Annual report on the Civil Veterinary Department, Burma (including the Insein Veterinary School) - 1910-1922
Year: 1910
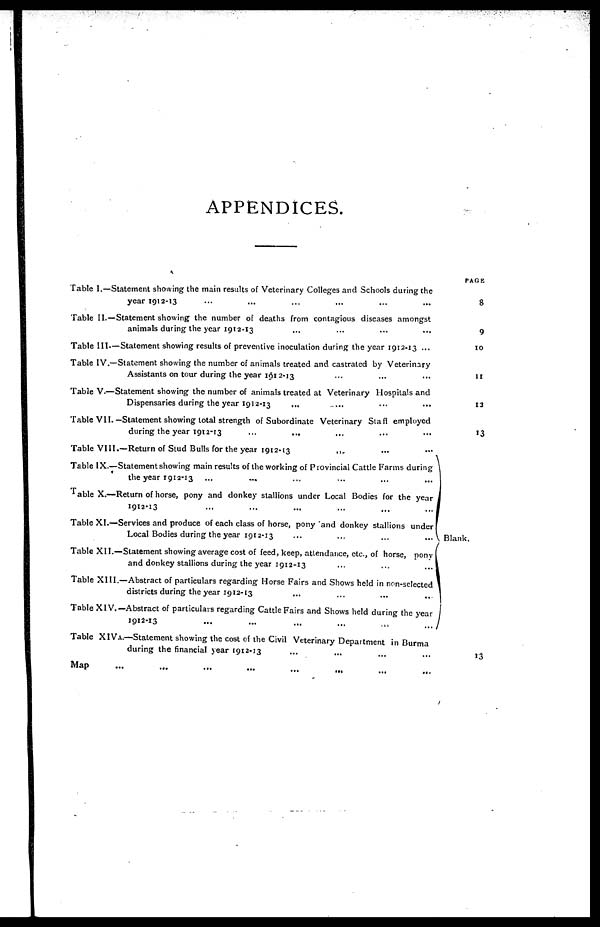
APPENDICES.
Table I.—Statement showing the main results of Veterinary Colleges and Schools during the
year 1912-13 ... ... ... ... ... ...
Table II.—Statement showing the number of deaths from contagious diseases amongst
animals during the year 1912-13 ... ... ... ...
Table III.—Statement showing results of preventive inoculation during the year 1912-13 ...
Table IV.—Statement showing the number of animals treated and castrated by Veterinary
Assistants on tour during the year 1912-13 ... ... ...
Table V.—Statement showing the number of animals treated at Veterinary Hospitals and
Dispensaries during the year 1912-13 ... ... ... ...
Table VII.—Statement showing total strength of Subordinate Veterinary Staff employed
during the year
1912-13
...
... ... ... ...
Table VIII.—Return of Stud Bulls for the year 1912-13 ... ... ...
Table IX.—Statement showing main results of the working of Provincial Cattle Farms during
the year 1912-13 ... ... ... ... ... ...
Table X.—Return of horse, pony and donkey stallions under Local Bodies for the year
1912-13
...
...
...
...
...
...
Table XI.—Services and produce of each class of horse, pony and donkey stallions under
Local Bodies during the year 1912-13
...
...
...
...
Table XI I.—Statement showing average cost of feed, keep, attendance, etc., of horse,
pony
and donkey stallions during the year 1912-13
...
...
...
Table XIII.—Abstract of particulars regarding Horse Fairs and Shows held in non-selected
districts during the year 1912-13 ... ... ... ...
Table XIV.—Abstract of particulars regarding Cattle Fairs and Shows held during the year
1912-13
...
...
...
...
...
...
Table XIVA.—Statement showing the cost of the Civil Veterinary Department in Burma
during the financial year 1912-13 ... ... ... ... ... ...
Map ... ... ... ... ... ... ...
PAGE
8
9
10
11
13
13
Blank.
13